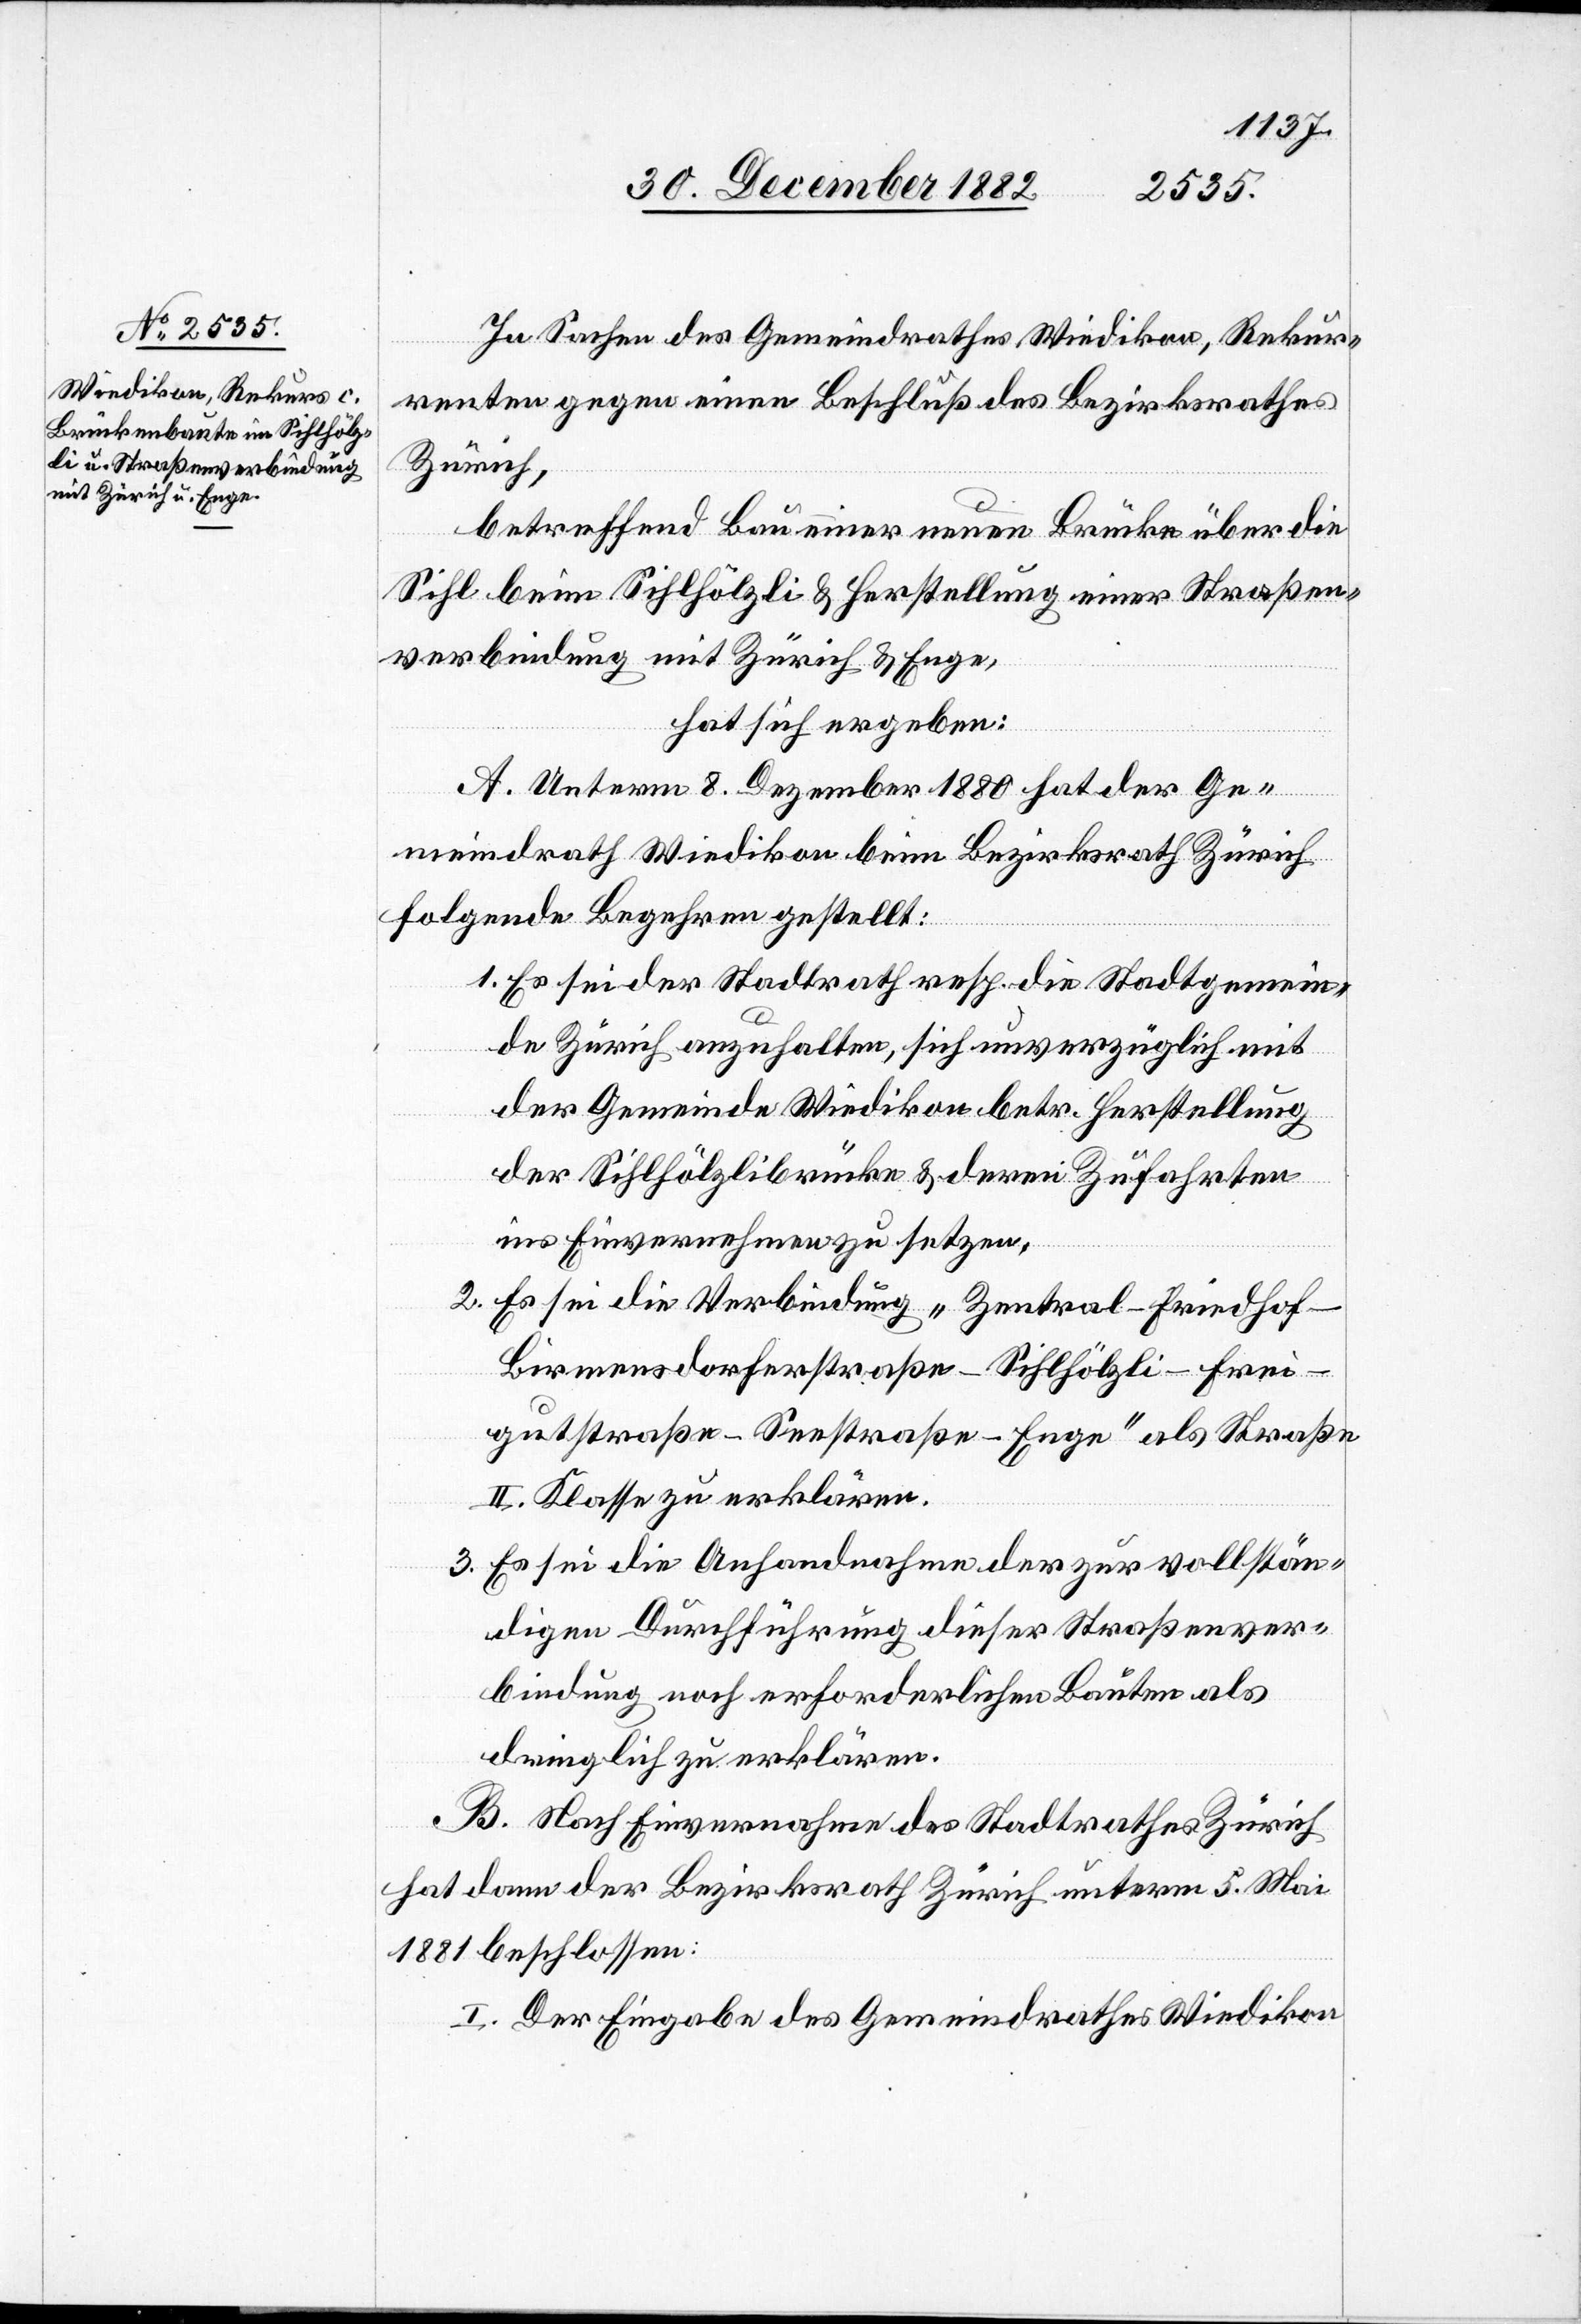
In Sachen des Gemeindrathes Wiedikon, Rekur¬
renten gegen einen Beschluß des Bezirksrathes
Zürich,
betreffend Bau einer neuen Brücke über die
Sihl beim Sihlhölzli & Herstellung einer Straßen¬
verbindung mit Zürich & Enge,
hat sich ergeben:
A. Unterm 8. Dezember 1880 hat der Ge¬
meindrath Wiedikon beim Bezirksrath Zürich
folgende Begehren gestellt:
1. Es sei der Stadtrath resp. die Stadtgemein¬
de Zürich anzuhalten, sich unverzüglich mit
der Gemeinde Wiedikon betr. Herstellung
der Sihlhölzlibrücke & deren Zufahrten
ins Einvernehmen zu setzen.
2. Es sei die Verbindung „Zentral–Friedhof–B¬
irmensdorferstraße–Sihlhözli–Frei¬
gutstraße–Seestraße–Enge“ als Straße
II. Klasse zu erklären.
3. Es sei die Anhandnahme der zur vollstän¬
digen Durchführung dieser Straßenver¬
bindung noch erforderlichen Bauten als
dringlich zu erklären.
B. Nach Einvernahme des Stadtrathes Zürich
hat dann der Bezirksrath Zürich unterm 5. Mai
1881 beschlossen:
I. Der Eingabe des Gemeindrathes Wiedikon